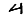
Digit: 4